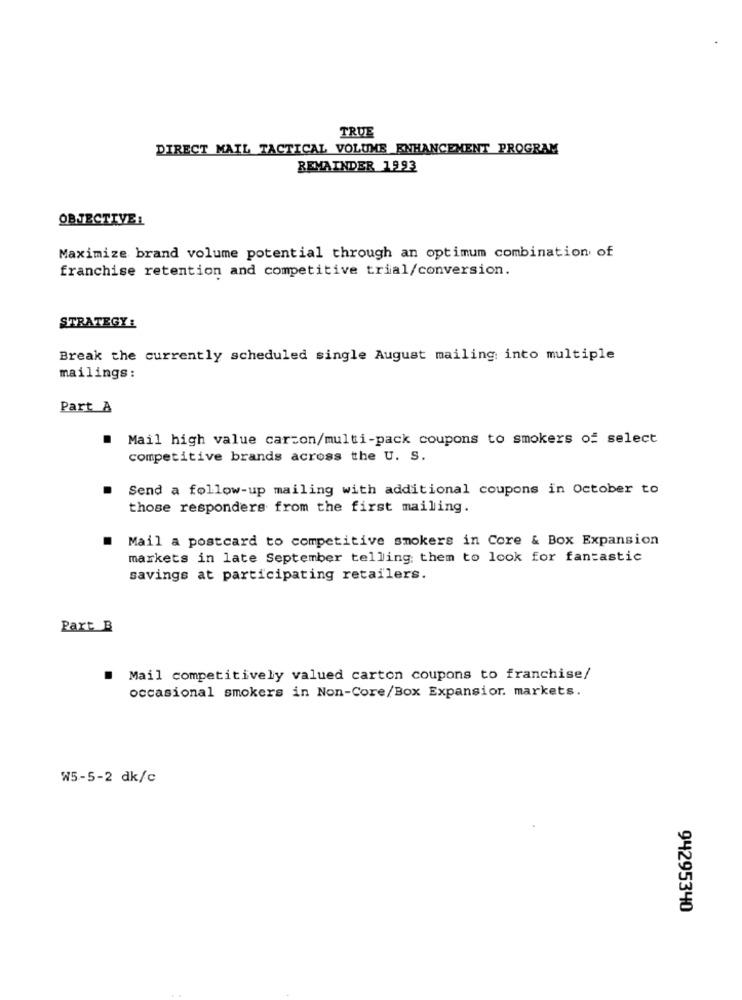
TRUE
DIRECT MAIL TACTICAL VOLUME ENHANCEMENT PROGRAM
REMAINDER 1993
OBJECTIVE:
Maximize brand volume potential through an optimum combination of
franchise retention and competitive trial/conversion.
STRATEGY :
Break the currently scheduled single August mailing into multiple
mailings:
Part A
.
Mail high value carcon/multi-pack coupons to smokers of select
competitive brands across the U. S.
Send a follow-up mailing with additional coupons in October to
those responders from the first mailing.
Mail a postcard to competitive smokers in Core & Box Expansion
markets in late September telling them to look for fantastic
savings at participating retailers.
Part B
Mail competitively valued carton coupons to franchise/
occasional smokers in Non-Core/Box Expansion. markets.
W5-5-2 dk/c
94295340